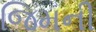
જિમની